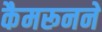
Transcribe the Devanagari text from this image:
कैमरूनने